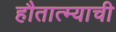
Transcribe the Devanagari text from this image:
हौतात्म्याची